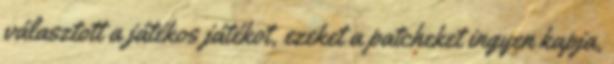
választott a játékos játékot, ezeket a patcheket ingyen kapja,